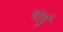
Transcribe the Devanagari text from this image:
चाहुं